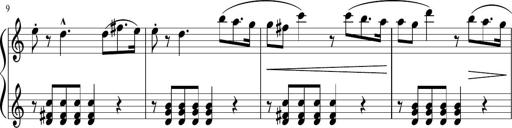
Title: 3 Sonatinen
Composer: Heinrich Lichner